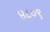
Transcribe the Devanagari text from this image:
४८०९